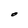
Character: O